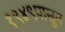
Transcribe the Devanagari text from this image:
१९४९पासून